Distribution and causation of leprosy in British India
Year: 1875
Disease focus: Leprosy
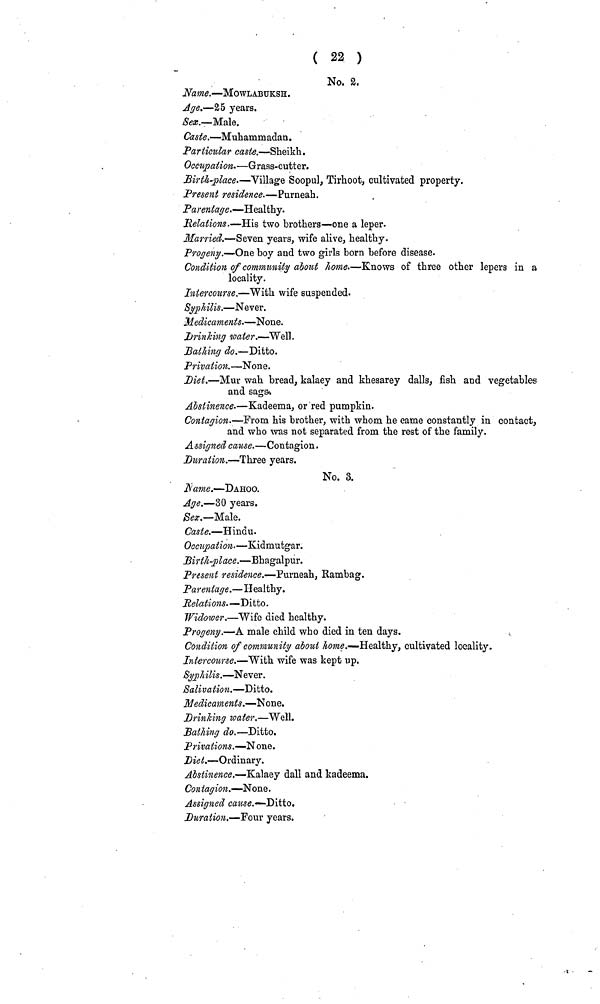
( 22 )
No. 2.
Name.—MOWLABUKSH.
Age.—25 years.
Sex.—Male.
Caste.—Muhammadan.
Particular caste.—Sheikh.
Occupation.—Grass-cutter.
Birth-place.—Village Soopul, Tirhoot, cultivated property.
Present residence.—Purneah.
Parentage.—Healthy.
Relations.—His two brothers—one a leper.
Married.—Seven years, wife alive, healthy.
Progeny.—One boy and two girls born before disease.
Condition of community about home.—Knows of three other lepers in a
locality.
Intercourse.—With wife suspended.
Syphilis.—Never.
Medicaments.—None.
Drinking water.—Well.
Bathing do.—Ditto.
Privation.—None.
Diet.—Mur wah bread, kalaey and khesarey dalls, fish and vegetables
and sags.
Abstinence.—Kadeema, or red pumpkin.
Contagion.—From his brother, with whom he came constantly in contact,
and who was not separated from the rest of the family.
Assigned cause.—Contagion.
Duration.—Three years.
No. 3.
Name.—DAHOO.
Age.—30 years.
Sex.—Male.
Caste.—Hindu.
Occupation.—Kidmutgar.
Birth-place.—Bhagalpur.
Present residence.—Purneah, Rambag.
Parentage.—Healthy.
Relations.—Ditto.
Widower.—Wife died healthy.
Progeny.—A male child who died in ten days.
Condition of community about home.—Healthy, cultivated locality.
Intercourse.—With wife was kept up.
Syphilis.—Never.
Salivation.—Ditto.
Medicaments.—None.
Drinking water.—Well.
Bathing do.—Ditto.
Privations.— None.
Diet.—Ordinary.
Abstinence.—Kalaey dall and kadeema.
Contagion.—None.
Assigned cause.—-Ditto.
Duration.—Four years.